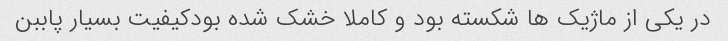
در یکی از ماژیک ها شکسته بود و کاملا خشک شده بودکیفیت بسیار پاببن